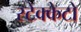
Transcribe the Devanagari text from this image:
स्टेक्केटो